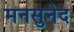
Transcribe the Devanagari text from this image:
मनसुनेद